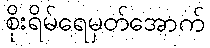
စိုးရိမ်ရေမှတ်အောက်